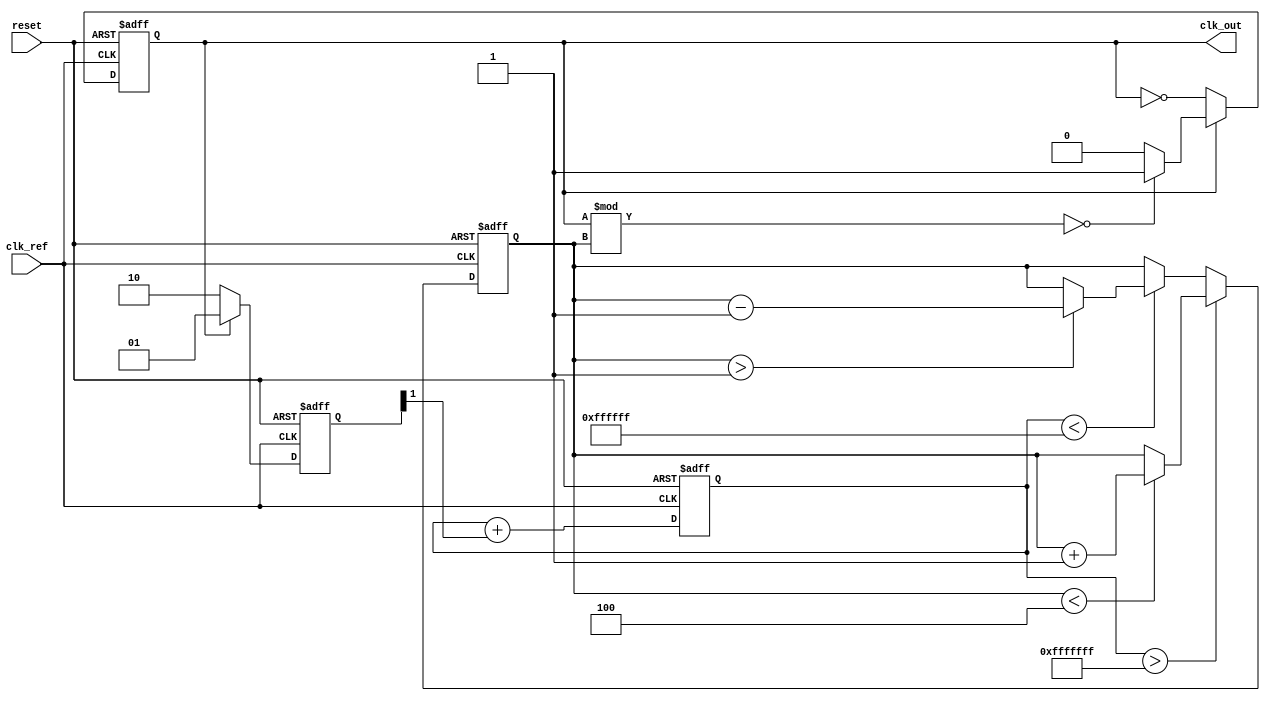
module PLL (
    input wire clk_ref,         // Reference clock input
    input wire reset,           // Reset signal
    output reg clk_out          // Output clock signal
);

    // Parameters for VCO
    parameter VCO_MAX = 4;      // Maximum division for VCO (example)
    parameter VCO_MIN = 1;      // Minimum division for VCO (example)

    // Internal signals
    reg [1:0] phase_error;      // Phase error signal
    reg [1:0] vco_divider;      // VCO divider
    reg [31:0] filter_output;    // Output from loop filter

    // Phase Detector (PD)
    always @(posedge clk_ref or posedge reset) begin
        if (reset) begin
            phase_error <= 2'b00;
        end else begin
            if (clk_out) begin
                phase_error <= 2'b01; // Phase is ahead
            end else begin
                phase_error <= 2'b10; // Phase is behind
            end
        end
    end

    // Loop Filter
    always @(posedge clk_ref or posedge reset) begin
        if (reset) begin
            filter_output <= 32'b0;
        end else begin
            // Simple integral filter for smoothing the phase error
            filter_output <= filter_output + {30'b0, phase_error[1]};
        end
    end

    // Voltage-Controlled Oscillator (VCO)
    always @(posedge clk_ref or posedge reset) begin
        if (reset) begin
            vco_divider <= VCO_MIN; // Start with minimum division
        end else begin
            // Adjust VCO divider based on loop filter output
            if (filter_output > 32'hFFFFFFF) begin
                if (vco_divider < VCO_MAX) begin
                    vco_divider <= vco_divider + 1;
                end
            end else if (filter_output < 32'hFFFFFF) begin
                if (vco_divider > VCO_MIN) begin
                    vco_divider <= vco_divider - 1;
                end
            end
        end
    end

    // Output Clock Generation
    always @(posedge clk_ref or posedge reset) begin
        if (reset) begin
            clk_out <= 0;
        end else begin
            // Generate output clock based on VCO divider
            clk_out <= ~clk_out; // Toggle clock for example purposes
            if (clk_out) begin
                // Example division logic
                clk_out <= (clk_out % vco_divider == 0) ? 1 : 0;
            end
        end
    end

endmodule